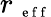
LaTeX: r_{\mathrm{~\scriptsize~e~f~f~}}